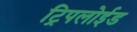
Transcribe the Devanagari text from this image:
ट्रिपलोईड